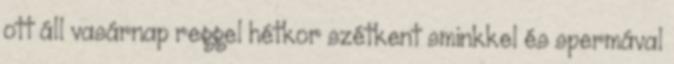
ott áll vasárnap reggel hétkor szétkent sminkkel és spermával